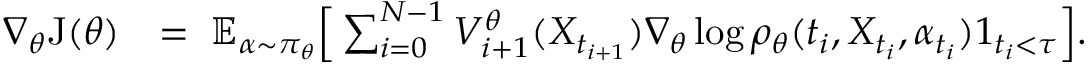
\begin{array} { r l } { \nabla _ { \theta } \mathrm { J } ( \theta ) } & { = \; \mathbb { E } _ { \alpha \sim \pi _ { \theta } } \Big [ \sum _ { i = 0 } ^ { N - 1 } V _ { i + 1 } ^ { \theta } ( X _ { t _ { i + 1 } } ) \nabla _ { \theta } \log \rho _ { \theta } ( t _ { i } , X _ { t _ { i } } , \alpha _ { t _ { i } } ) 1 _ { t _ { i } < \tau } \Big ] . } \end{array}